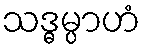
သဒ္ဓမ္ပာဟံ